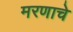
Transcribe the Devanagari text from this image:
मरणाचे